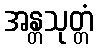
အန္တသုတ္တံ